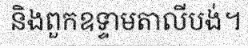
និងពួកឧទ្ទាមតាលីបង់។